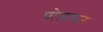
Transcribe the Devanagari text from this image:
पोलापन